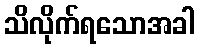
သိလိုက်ရသောအခါ